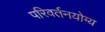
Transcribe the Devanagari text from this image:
परिवर्तनयोग्य